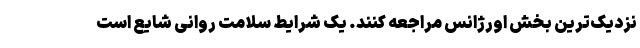
نزدیک‌ترین بخش اورژانس مراجعه کنند. یک شرایط سلامت روانی شایع است